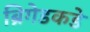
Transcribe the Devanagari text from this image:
ब्रिगेडकडे